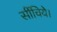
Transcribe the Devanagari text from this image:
सींचिये।